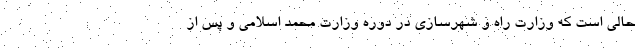
حالی است که وزارت راه و شهرسازی در دوره وزارت محمد اسلامی و پس از